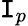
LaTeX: \mathtt{I}_{p}